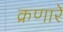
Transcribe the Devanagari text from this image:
क्रणारे